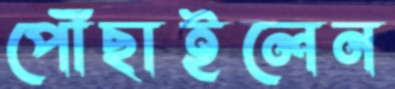
পৌঁছাইলেন